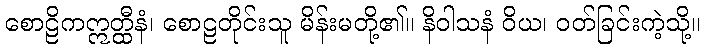
စောဠိကဣတ္ထီနံ၊ စောဠတိုင်းသူ မိန်းမတို့၏။ နိဝါသနံ ဝိယ၊ ဝတ်ခြင်းကဲ့သို့။